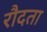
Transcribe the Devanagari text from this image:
रौदता